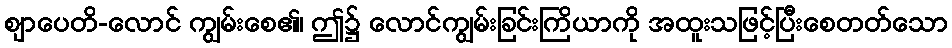
ဈာပေတိ-လောင် ကျွမ်းစေ၏၊ ဤ၌ လောင်ကျွမ်းခြင်းကြိယာကို အထူးသဖြင့်ပြီးစေတတ်သော